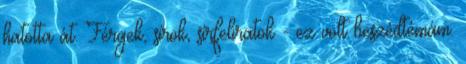
hatotta át. Férgek, sírok, sírfeliratok - ez volt beszédtémám.